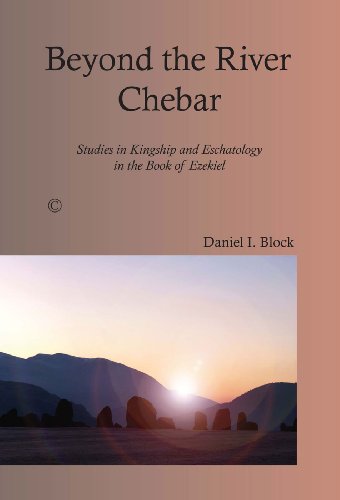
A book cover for Beyond the River Chebar: Studies in Kingship and Eschatology in the Book of Ezekiel; Daniel I. Block; Christian Books & Bibles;